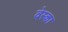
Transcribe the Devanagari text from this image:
वेस्का